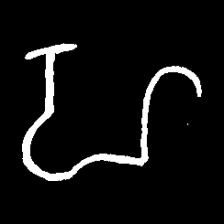
Pyu character \u2014 Myanmar letter: ဟ (romanized: ha)